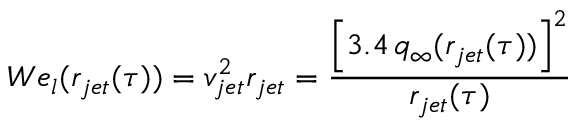
W e _ { l } ( r _ { j e t } ( \tau ) ) = v _ { j e t } ^ { 2 } r _ { j e t } = \frac { \left[ 3 . 4 \, q _ { \infty } ( r _ { j e t } ( \tau ) ) \right] ^ { 2 } } { r _ { j e t } ( \tau ) } \,